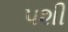
પશી